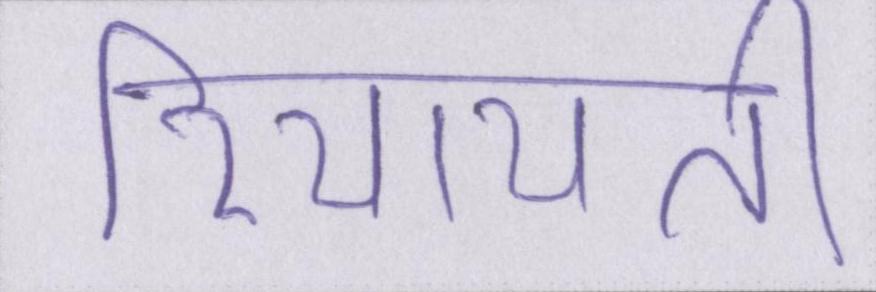
रियायती